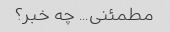
مطمئنی... چه خبر؟